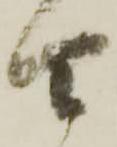
由